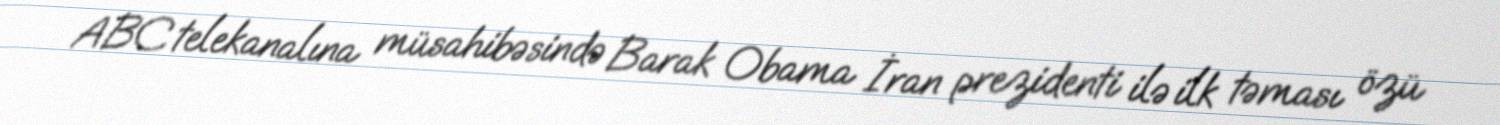
ABC telekanalına müsahibəsində Barak Obama İran prezidenti ilə ilk təması özü